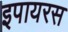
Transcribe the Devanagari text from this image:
इपायरस